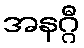
အနဂ္ဂီ